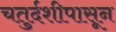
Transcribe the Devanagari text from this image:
चतुर्दशीपासून